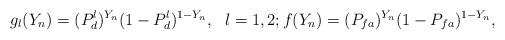
LaTeX: \begin{align*}g_l(Y_n) = (P_d^l)^{Y_n}(1-P_d^l)^{1-Y_n}, ~~ l=1, 2; f(Y_n)=(P_{fa})^{Y_n}(1-P_{fa})^{1-Y_n} ,\end{align*}